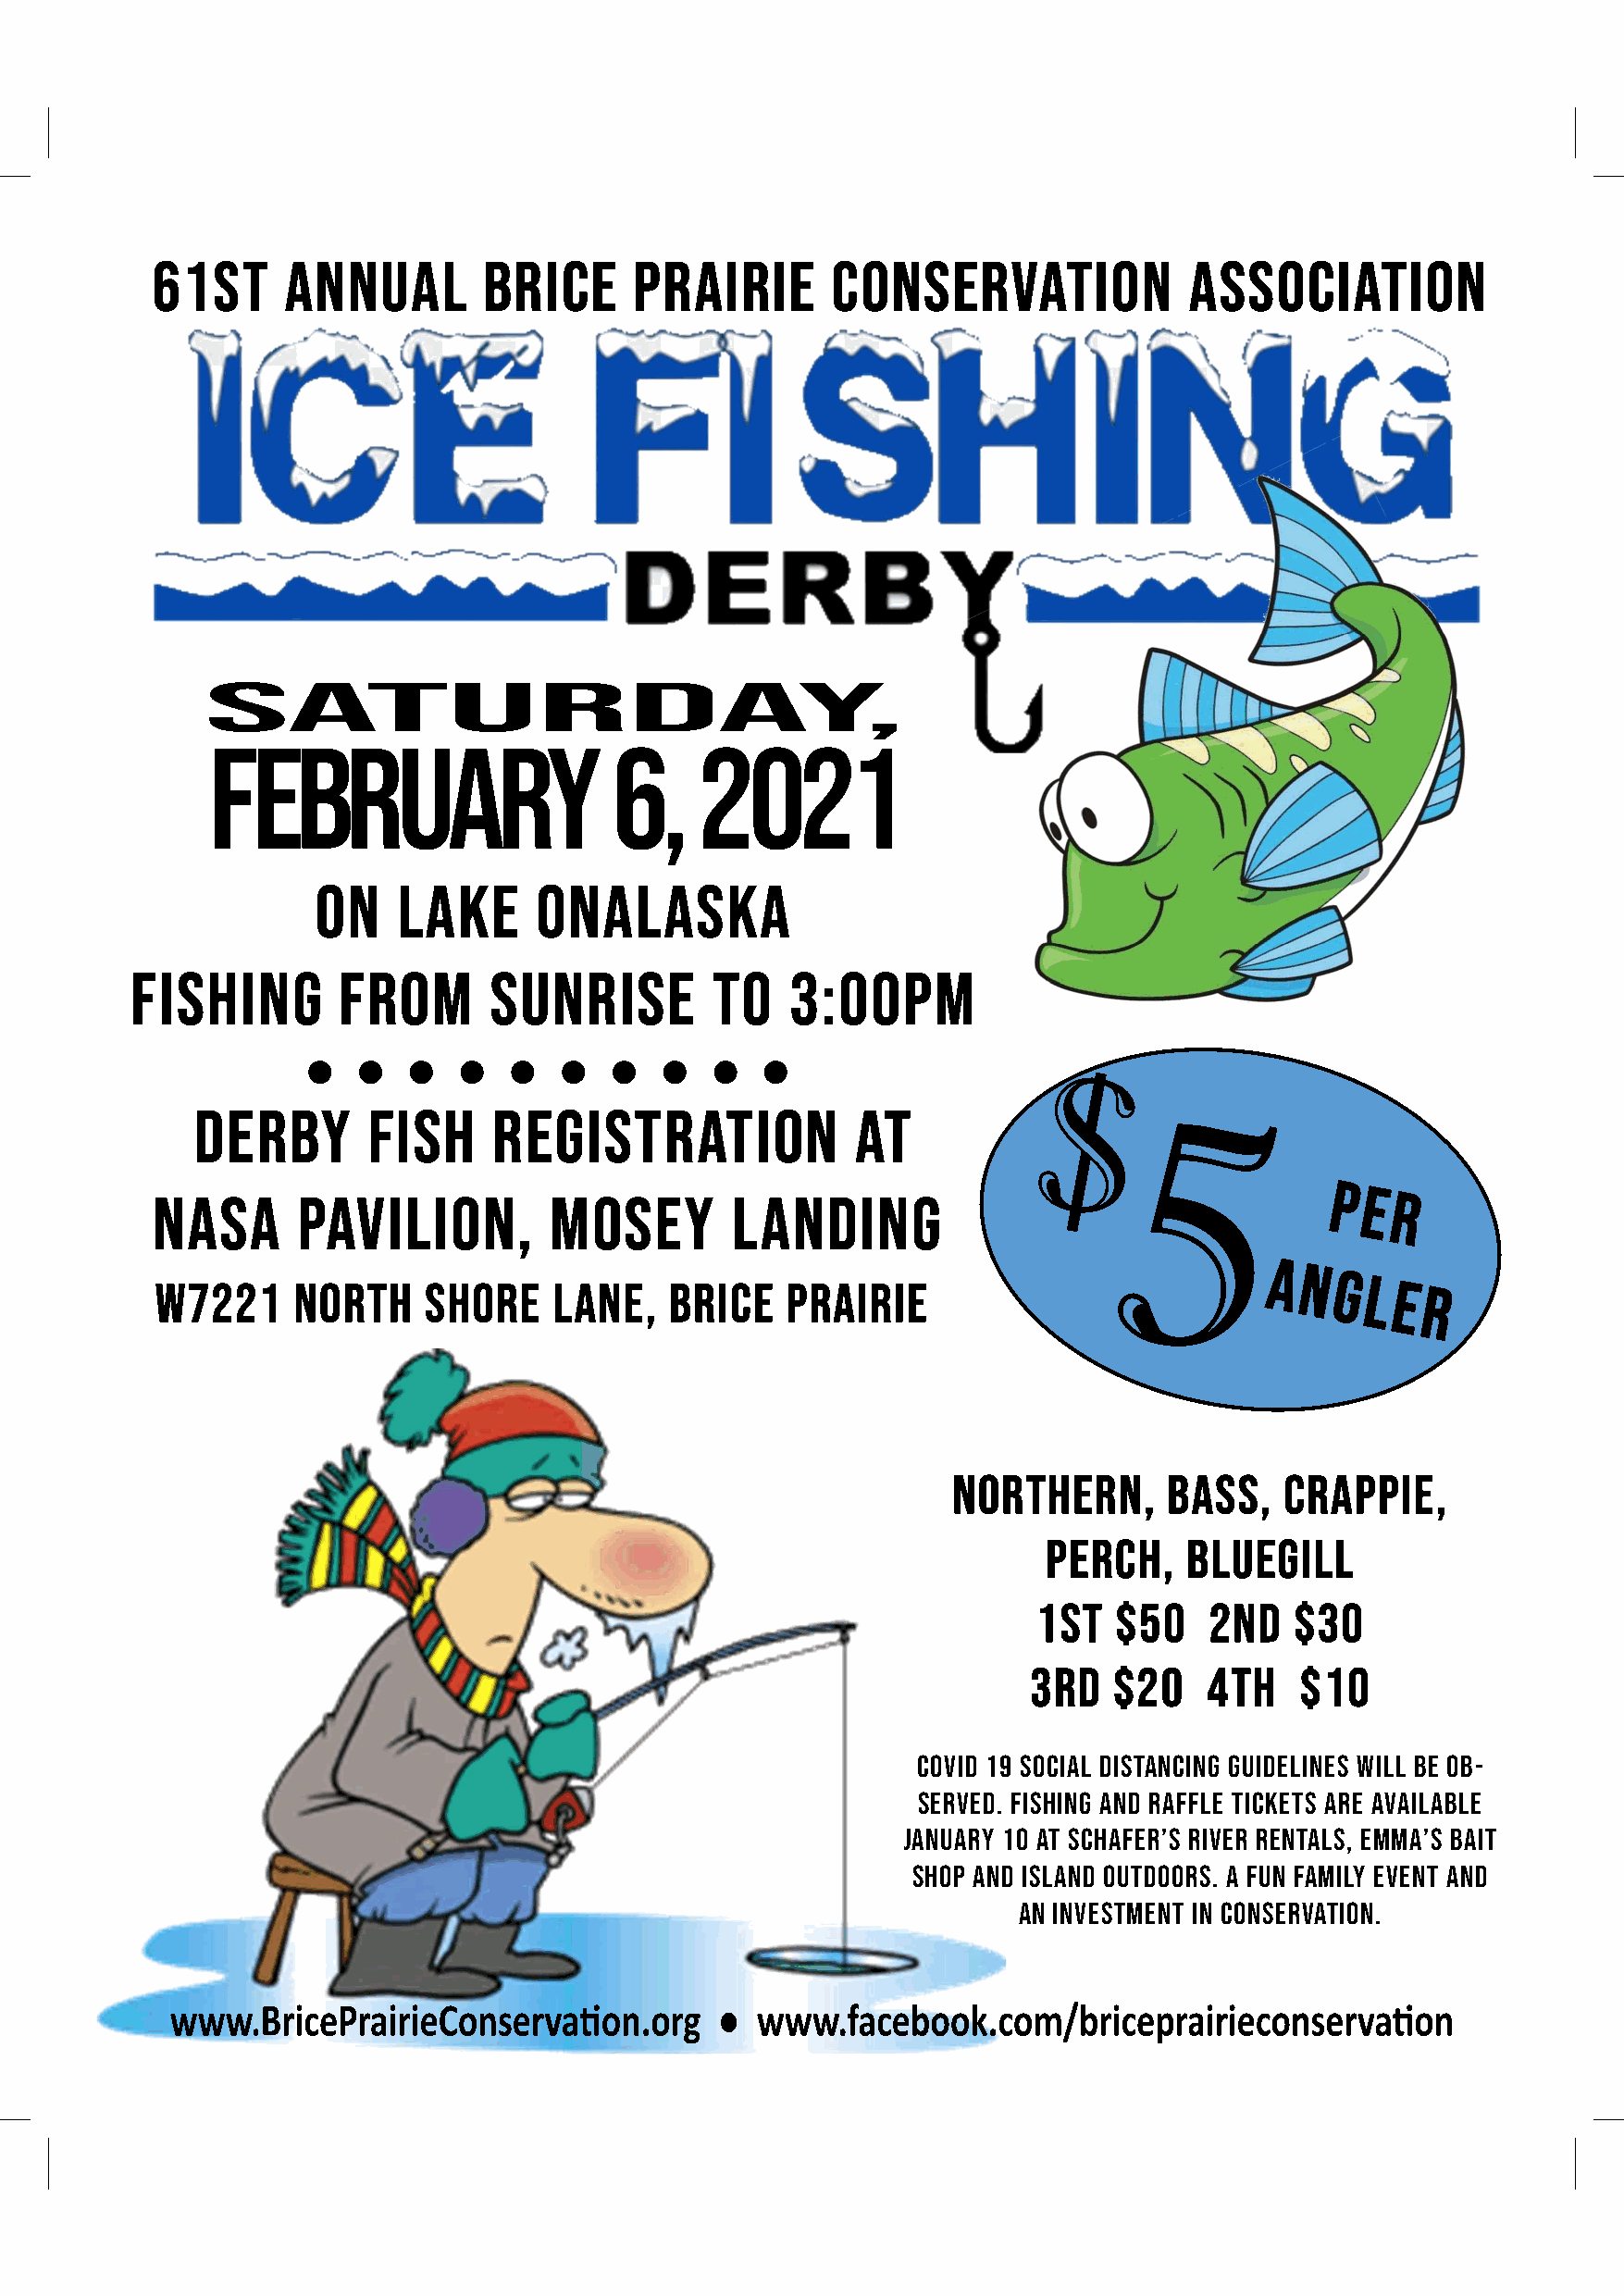
61ST     ANNUAL         BRICE     PRAIRIE       CONSERVATION              ASSOCIATION
 fEBruary                     6,    2021
 On   Lake      Onalaska
 Fishing        from       Sunrise         to   3:00PM
 ●  ●   ●   ●  ●   ●  ●   ●   ●  ●
 Derby       fish     registration              at
 Nasa      pavilion,         mosey        landing
 W7221     north    shore     lane,   Brice   prairie
 Northern,      bass,    crappie,
 perch,    bluegill
 1ST   $50   2ND    $30
 3RD   $20   4TH    $10
 Covid 19 Social distancing guidelines will be ob-
 served. Fishing and raffle tickets are available
 january 10 at schafer’s river rentals, emma’s bait
 shop and island outdoors. A fun family event and
 an investment in conservation.